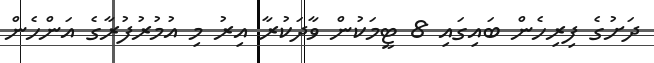
ދަށުގެ ފިރިހެން ބައިގައި 8 ޓީމަކުން ވާދަކުރާ އިރު މި އުމުރުފުރާގެ އަންހެން